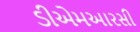
ડીએમઆરસી